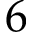
6